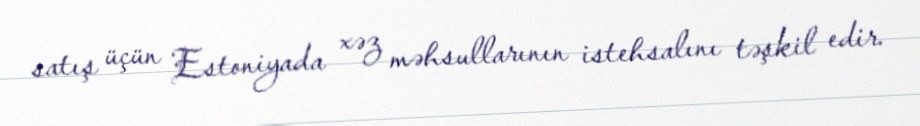
satış üçün Estoniyada xəz məhsullarının istehsalını təşkil edir.